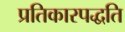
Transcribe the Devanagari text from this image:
प्रतिकारपद्धति